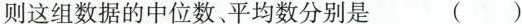
则这组数据的中位数、平均数分别是 ( )